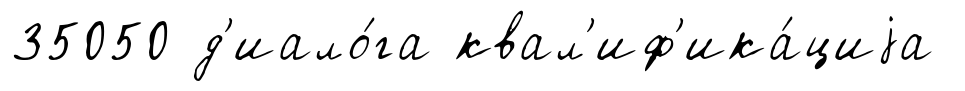
35050 д'иало́га квал'иф'ика́циjа